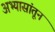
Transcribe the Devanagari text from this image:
अभ्यासांतून